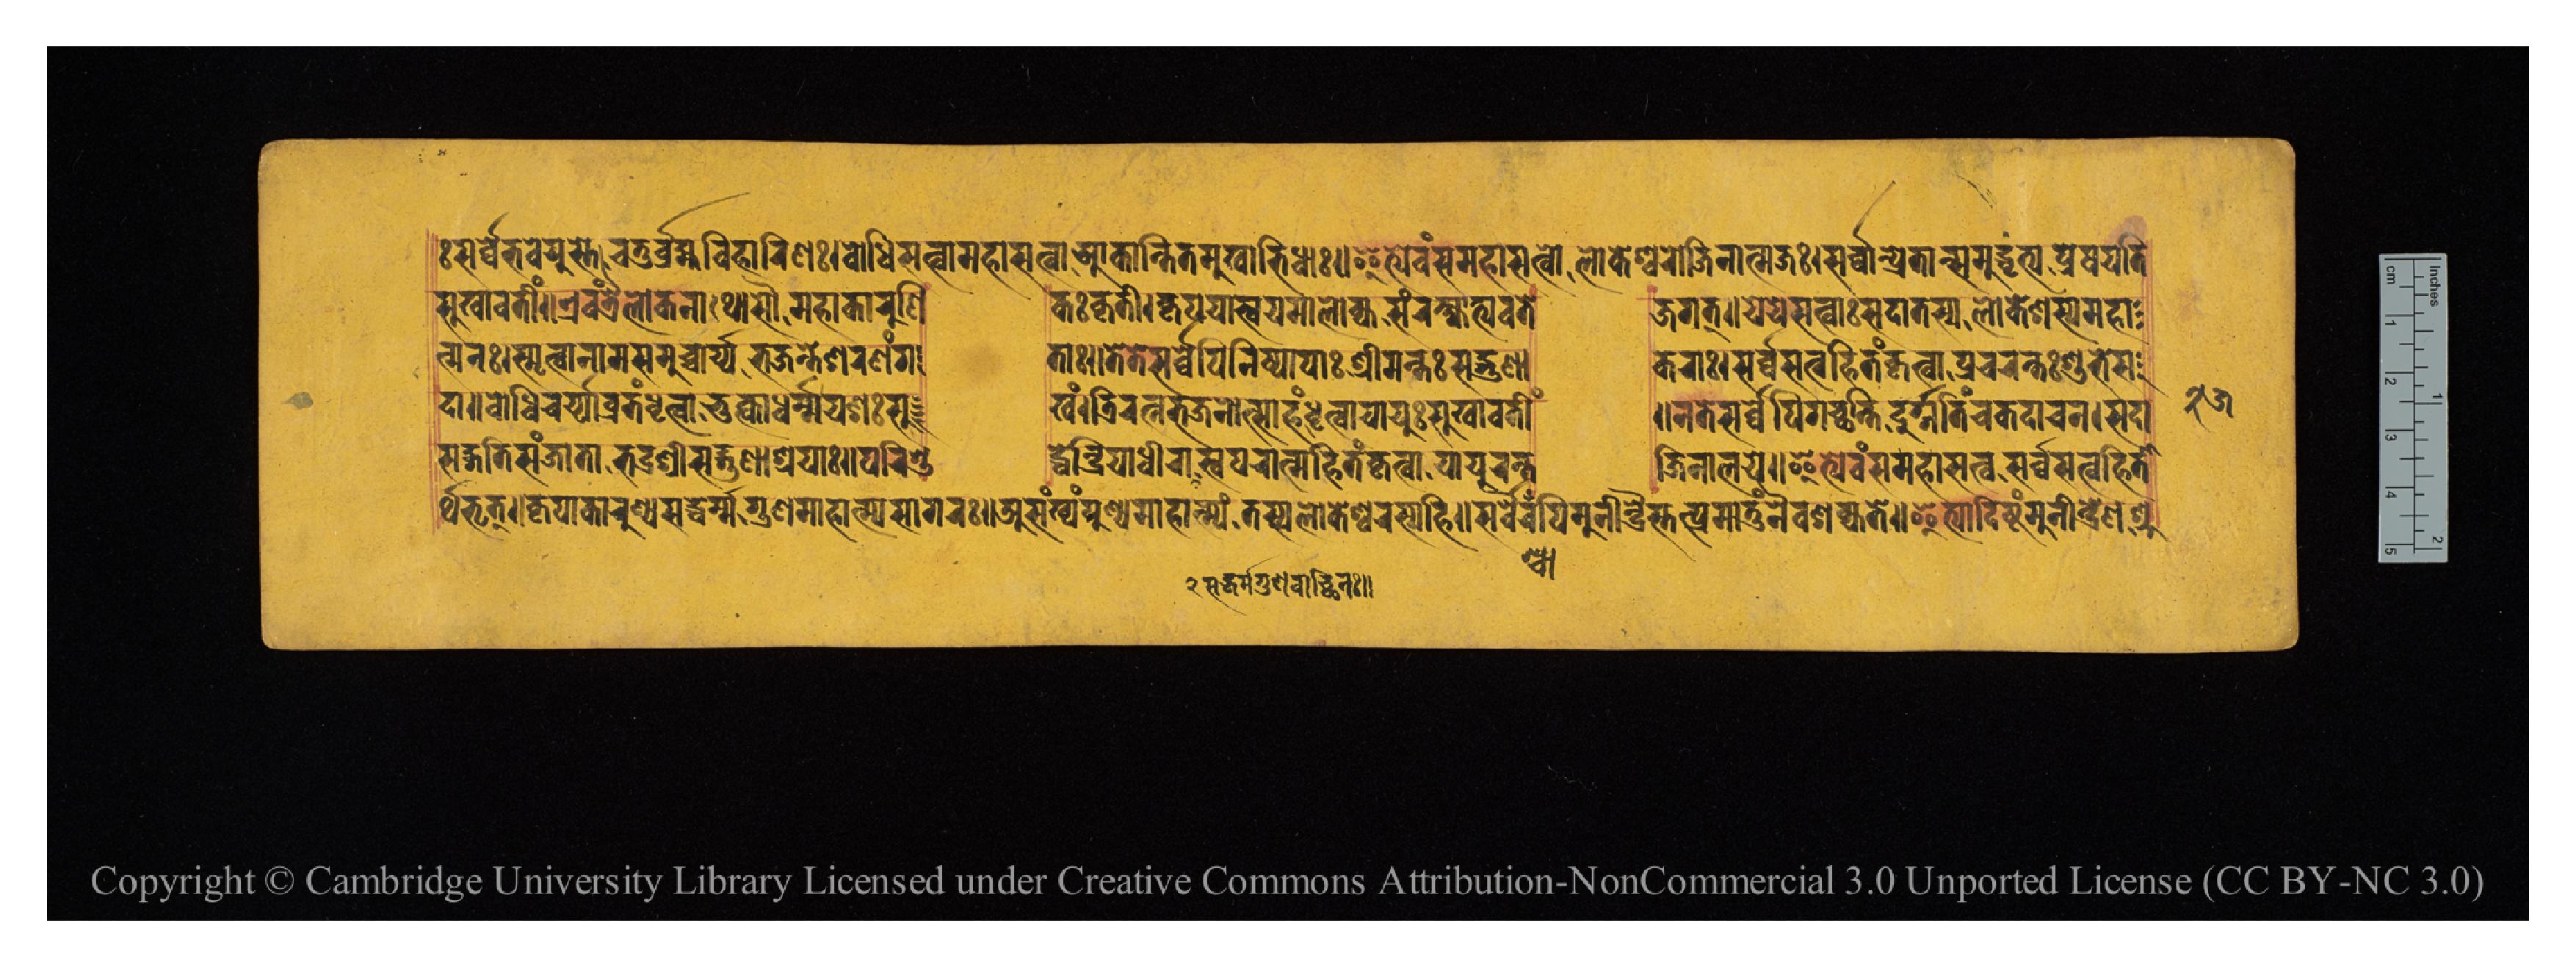
𑑅𑐳𑐬𑑂𑐰𑑂𑐰𑐾𑐨𑐰𑐾𑐫𑐸𑐳𑑂𑐟𑐾𑐔𑐟𑐸𑐬𑑂𑐧𑑂𑐬𑐴𑑂𑐩𑐰𑐶𑐴𑐵𑐬𑐶𑐞𑑅𑑋𑐧𑑀𑐢𑐶𑐳𑐟𑑂𑐰𑐵𑐩𑐴𑐵𑐳𑐟𑑂𑐰𑐵𑐁𑐎𑐵𑑄𑐎𑑂𑐲𑐶𑐟𑐩𑐸𑐏𑐵𑐨𑐶𑐢𑐵𑑅𑑋𑐂𑐟𑑂𑐫𑐾𑐰𑑄𑐳𑐩𑐴𑐵𑐳𑐟𑑂𑐰𑑀𑐮𑑀𑐎𑐾𑐱𑑂𑐰𑐬𑑀𑐖𑐶𑐣𑐵𑐟𑑂𑐩𑐖𑑅𑑋𑐳𑐬𑑂𑐰𑑂𑐰𑐵𑐣𑑂𑐥𑑂𑐬𑐾𑐟𑐵𑐣𑑂𑐳𑐩𑐸𑐡𑑂𑐢𑐺𑐟𑑂𑐫𑐥𑑂𑐬𑐾𑐲𑐫𑐟𑐶 𑐳𑐸𑐏𑐵𑐰𑐟𑐷𑑄𑑌𑐊𑐰𑑄𑐟𑑂𑐬𑐿𑐮𑑀𑐎𑑂𑐫𑐣𑐵𑐠𑑀𑐳𑑁𑐩𑐴𑐵𑐎𑐵𑐬𑐸𑐞𑐶  𑐎𑑅𑐎𑐺𑐟𑐷𑑋𑐎𑐺𑐥𑐫𑐵𑐳𑑂𑐰𑐫𑐩𑐵𑐮𑑀𑐎𑑂𑐫𑐳𑑄𑐬𑐎𑑂𑐲𑑂𑐫𑐵𑐨𑑂𑐫𑐰𑐟𑐾  𑐖𑐐𑐟𑑂𑑌𑐫𑐾𑐫𑐾𑐳𑐟𑑂𑐰𑐵𑑅𑐳𑐡𑐵𑐟𑐳𑑂𑐫𑐮𑑀𑐎𑐾𑐱𑐳𑑂𑐫𑐩𑐴𑐵 𑐟𑑂𑐩𑐣𑑅𑑋𑐳𑑂𑐩𑐺𑐟𑑂𑐰𑐵𑐣𑐵𑐩𑐳𑐩𑐸𑐔𑑂𑐔𑐵𑐬𑑂𑐫𑐨𑐖𑐣𑑂𑐟𑐾𑐱𑐬𑐞𑑄𑐐  𑐟𑐵𑑅𑑋𑐟𑐾𑐟𑐾𑐳𑐬𑑂𑐰𑑂𑐰𑐾𑐥𑐶𑐣𑐶𑐲𑑂𑐥𑐵𑐥𑐵𑑅𑐱𑑂𑐬𑐷𑐩𑐣𑑂𑐟𑑅𑐳𑐡𑑂𑐐𑐸  𑐞𑐵𑐎𑐬𑐵𑑅𑑋𑐳𑐬𑑂𑐰𑑂𑐰𑐳𑐟𑑂𑐰𑐴𑐶𑐟𑑄𑐎𑐺𑐟𑑂𑐰𑐵𑐥𑑂𑐬𑐔𑐬𑐣𑑂𑐟𑑅𑐱𑐸𑐨𑐾𑐳 𑐡𑐵𑑌𑐧𑑀𑐢𑐶𑐔𑐬𑑂𑐫𑐵𑐰𑑂𑐬𑐟𑑄𑐢𑐺𑐟𑑂𑐰𑐵𑐨𑐸𑐎𑑂𑐟𑑂𑐰𑐵𑐢𑐬𑑂𑐩𑑂𑐩𑐫𑐱𑑅𑐳𑐸  𑐏𑑄𑑋𑐟𑑂𑐬𑐶𑐬𑐟𑑂𑐣𑐨𑐖𑐣𑑀𑐟𑑂𑐳𑐵𑐴𑑄𑐢𑐺𑐟𑑂𑐰𑐵𑐫𑐵𑐫𑐸𑑅𑐳𑐸𑐏𑐵𑐰𑐟𑐷𑑄  𑑌𑐣𑐟𑐾𑐳𑐬𑑂𑐰𑑂𑐰𑐾𑐥𑐶𑐐𑐔𑑂𑐕𑐣𑑂𑐟𑐶𑐡𑐸𑐬𑑂𑐐𑐟𑐶𑐘𑑂𑐔𑐎𑐡𑐵𑐔𑐣𑑋𑐳𑐡𑐵 𑐳𑐡𑑂𑐐𑐟𑐶𑐳𑐘𑑂𑐖𑐵𑐟𑐵𑐨𑐡𑑂𑐬𑐱𑑂𑐬𑐷𑐳𑐡𑑂𑐐𑐸𑐞𑐵𑐱𑑂𑐬𑐫𑐵𑑅𑑌𑐥𑐬𑐶𑐱𑐸  𑐡𑑂𑐢𑐾𑐣𑑂𑐡𑑂𑐬𑐶𑐫𑐵𑐢𑐷𑐬𑐵𑐳𑑂𑐰𑐥𑐬𑐵𑐟𑑂𑐩𑐴𑐶𑐟𑑄𑐎𑐺𑐟𑑂𑐰𑐵𑐫𑐵𑐫𑐸𑐬𑐣𑑂𑐟𑐾  𑐖𑐶𑐣𑐵𑐮𑐫𑐾𑑌𑐂𑐟𑑂𑐫𑐾𑐰𑑄𑐳𑐩𑐴𑐵𑐳𑐟𑑂𑐰𑑅𑐳𑐬𑑂𑐰𑑂𑐰𑐳𑐟𑑂𑐰𑐴𑐶𑐟𑐵 𑐬𑑂𑐠𑐨𑐺𑐟𑑂𑑌𑐎𑐺𑐥𑐵𑐎𑐵𑐬𑐸𑐞𑑂𑐫𑐳𑐡𑑂𑐢𑐬𑑂𑐩𑑂𑐩𑐐𑐸𑐞𑐩𑐵𑐴𑐵𑐟𑑂𑐩𑑂𑐫𑐳𑐵𑐐𑐬𑑅𑑌𑐀𑐳𑑄𑐏𑑂𑐫𑑄𑐥𑐸𑐞𑑂𑐫𑐩𑐵𑐴𑐵𑐟𑑂𑐩𑑂𑐫𑑄𑐟𑐳𑑂𑐫𑐮𑑀𑐎𑐾𑐱𑑂𑐰𑐬𑐳𑑂𑐫𑐴𑐶𑑌𑐳𑐬𑑂𑐰𑑂𑐰𑐿𑐬𑐥𑐶𑐩𑐸𑐣𑐷𑐣𑑂𑐡𑑂𑐬𑐿𑐳𑑂𑐟𑐟𑑂𑐥𑑂𑐬𑐩𑐵𑐟𑐸𑑄𑐣𑐿𑐰𑐱𑐎𑑂𑐫𑐟𑐾𑑌𑐂𑐟𑑂𑐫𑐵𑐡𑐶𑐲𑑂𑐚𑑄𑐩𑐸𑐣𑐷𑐣𑑂𑐡𑑂𑐬𑐾𑐞𑐱𑑂𑐬𑐸 𑑒𑑕